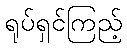
ရုပ်ရှင်ကြည့်